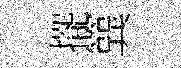
擺簨